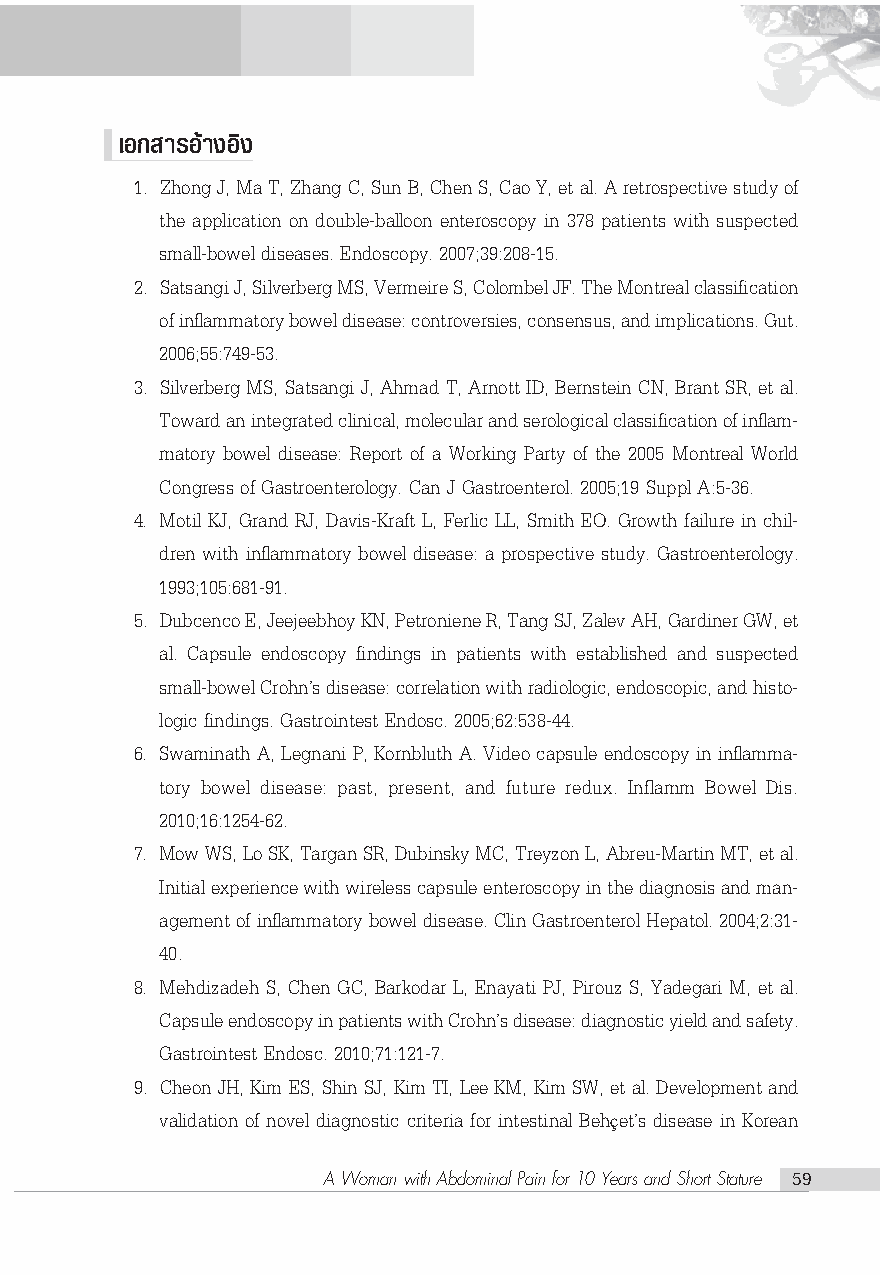
‡Õ° “√Õ“â ßÕß‘
 1. Zhong J, Ma T, Zhang C, Sun B, Chen S, Cao Y, et al. A retrospective study of
 the application on double-balloon enteroscopy in 378 patients with suspected
 small-bowel diseases. Endoscopy. 2007;39:208-15.
 2. Satsangi J, Silverberg MS, Vermeire S, Colombel JF. The Montreal classification
 of inflammatory bowel disease: controversies, consensus, and implications. Gut.
 2006;55:749-53.
 3. Silverberg MS, Satsangi J, Ahmad T, Arnott ID, Bernstein CN, Brant SR, et al.
 Toward an integrated clinical, molecular and serological classification of inflam-
 matory bowel disease: Report of a Working Party of the 2005 Montreal World
 Congress of Gastroenterology. Can J Gastroenterol. 2005;19 Suppl A:5-36.
 4. Motil KJ, Grand RJ, Davis-Kraft L, Ferlic LL, Smith EO. Growth failure in chil-
 dren with inflammatory bowel disease: a prospective study. Gastroenterology.
 1993;105:681-91.
 5. Dubcenco E, Jeejeebhoy KN, Petroniene R, Tang SJ, Zalev AH, Gardiner GW, et
 al. Capsule endoscopy findings in patients with established and suspected
 small-bowel Crohnûs disease: correlation with radiologic, endoscopic, and histo-
 logic findings. Gastrointest Endosc. 2005;62:538-44.
 6. Swaminath A, Legnani P, Kornbluth A. Video capsule endoscopy in inflamma-
 tory bowel disease: past, present, and future redux. Inflamm Bowel Dis.
 2010;16:1254-62.
 7. Mow WS, Lo SK, Targan SR, Dubinsky MC, Treyzon L, Abreu-Martin MT, et al.
 Initial experience with wireless capsule enteroscopy in the diagnosis and man-
 agement of inflammatory bowel disease. Clin Gastroenterol Hepatol. 2004;2:31-
 40.
 8. Mehdizadeh S, Chen GC, Barkodar L, Enayati PJ, Pirouz S, Yadegari M, et al.
 Capsule endoscopy in patients with Crohnûs disease: diagnostic yield and safety.
 Gastrointest Endosc. 2010;71:121-7.
 9. Cheon JH, Kim ES, Shin SJ, Kim TI, Lee KM, Kim SW, et al. Development and
 validation of novel diagnostic criteria for intestinal Beh etûs disease in Korean
 ç
 A Woman with Abdominal Pain for 10 Years and Short Stature 59